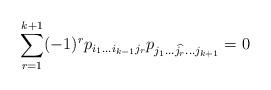
LaTeX: \begin{align*} \sum_{r=1}^{k+1}(-1)^r p_{i_1 \dotsc i_{k-1} j_r}p_{j_1 \dotsc \widehat{j_r} \dotsc j_{k+1}}=0\end{align*}